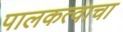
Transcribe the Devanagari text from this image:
पालकत्वाचा